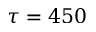
\tau = 4 5 0